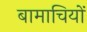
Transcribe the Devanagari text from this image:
बामाचियों